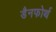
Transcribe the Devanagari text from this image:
डैनफोर्थ